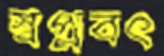
স্বপ্নবৎ